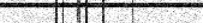
٣٣